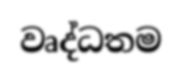
වෘද්ධතම